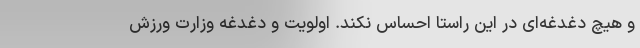
و هیچ دغدغه‌ای در این راستا احساس نکند. اولویت و دغدغه وزارت ورزش